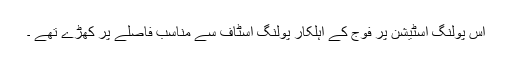
اس پولنگ اسٹیشن پر فوج کے اہلکار پولنگ اسٹاف سے مناسب فاصلے پر کھڑے تھے ۔